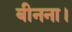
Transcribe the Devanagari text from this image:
बीनना।